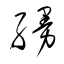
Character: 縵